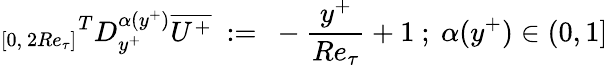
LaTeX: {_{[0,~2Re_{\tau}]}}^{T}D_{y^{+}}^{\alpha(y^{+})}\overline{{U^{+}}}~:=~-{\frac{y^{+}}{Re_{\tau}}}+1~;~\alpha(y^{+})\in(0,1]